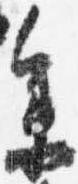
参